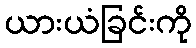
ယားယံခြင်းကို